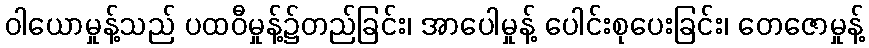
ဝါယောမှုန့်သည် ပထဝီမှုန့်၌တည်ခြင်း၊ အာပေါမှုန့် ပေါင်းစုပေးခြင်း၊ တေဇောမှုန့်